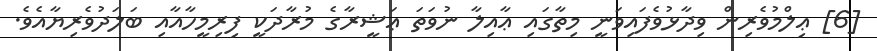
[6] ޢިލްމުވެރިން ވިދާޅުވެފައިވަނީ މިތާގައި ޢާއިލާ ނުވަތަ ޢަޝީރާގެ މުރާދަކީ ފިރިމީހާއާއި ބަލަދުވެރިޔާއެވެ.